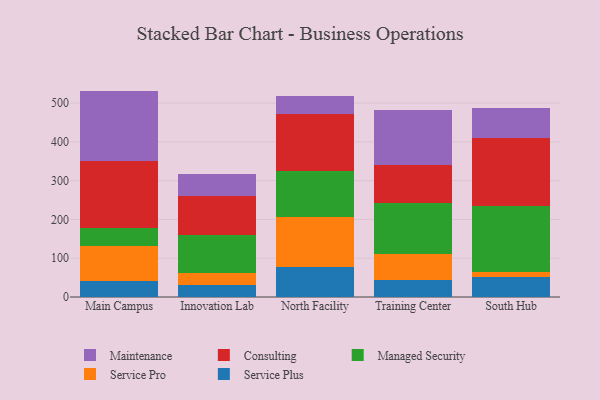
{"axis": {"x": "Campus", "y": "Production Output"}, "legend": ["Consulting", "Maintenance", "Managed Security", "Service Plus", "Service Pro"], "data": [{"x": "Main Campus", "y": 42.2, "type": "Service Plus"}, {"x": "Main Campus", "y": 89.4, "type": "Service Pro"}, {"x": "Main Campus", "y": 45.2, "type": "Managed Security"}, {"x": "Main Campus", "y": 175.1, "type": "Consulting"}, {"x": "Main Campus", "y": 179.7, "type": "Maintenance"}, {"x": "Innovation Lab", "y": 31.8, "type": "Service Plus"}, {"x": "Innovation Lab", "y": 30.3, "type": "Service Pro"}, {"x": "Innovation Lab", "y": 99.0, "type": "Managed Security"}, {"x": "Innovation Lab", "y": 99.8, "type": "Consulting"}, {"x": "Innovation Lab", "y": 56.4, "type": "Maintenance"}, {"x": "North Facility", "y": 76.6, "type": "Service Plus"}, {"x": "North Facility", "y": 130.3, "type": "Service Pro"}, {"x": "North Facility", "y": 118.6, "type": "Managed Security"}, {"x": "North Facility", "y": 145.9, "type": "Consulting"}, {"x": "North Facility", "y": 46.9, "type": "Maintenance"}, {"x": "Training Center", "y": 44.1, "type": "Service Plus"}, {"x": "Training Center", "y": 68.0, "type": "Service Pro"}, {"x": "Training Center", "y": 129.3, "type": "Managed Security"}, {"x": "Training Center", "y": 98.2, "type": "Consulting"}, {"x": "Training Center", "y": 141.5, "type": "Maintenance"}, {"x": "South Hub", "y": 50.9, "type": "Service Plus"}, {"x": "South Hub", "y": 14.4, "type": "Service Pro"}, {"x": "South Hub", "y": 170.4, "type": "Managed Security"}, {"x": "South Hub", "y": 173.2, "type": "Consulting"}, {"x": "South Hub", "y": 79.2, "type": "Maintenance"}]}